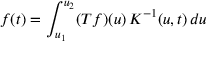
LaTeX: f ( t ) = \int _ { u _ { 1 } } ^ { u _ { 2 } } ( T f ) ( u ) \, K ^ { - 1 } ( u , t ) \, d u